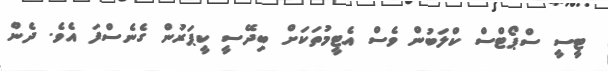
ޓީސީ ސްޕޯޓްސް ކްލަބުން ވެސް އެޓީމުތަކަށް ބިދޭސީ ކީޕަރުން ގެނެސްފަ އެވެ. ދެން